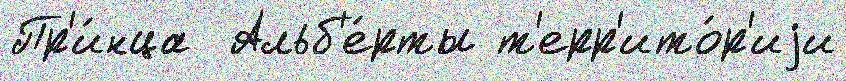
Пр'и́нца  Альб'е́рты т'ерр'ито́р'иjи